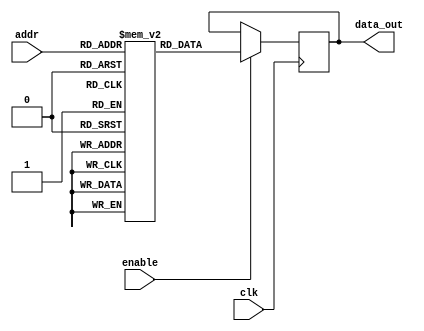
module parameterized_rom #(
    parameter DATA_WIDTH = 8,      // Width of each memory word in bits
    parameter ADDR_WIDTH = 4       // Number of address lines
)(
    input         clk,              // Clock signal
    input [ADDR_WIDTH-1:0] addr,   // Address to read data from
    input         enable,           // Enable signal for read operation
    output reg [DATA_WIDTH-1:0] data_out // Data output from ROM
);

    // Internal memory storage (ROM) initialization
    reg [DATA_WIDTH-1:0] memory [(1 << ADDR_WIDTH)-1:0];

    initial begin
        // Initialize the memory with predefined values
        // Example initialization (you can modify this according to your requirements)
        memory[0] = 8'hA0;
        memory[1] = 8'hB1;
        memory[2] = 8'hC2;
        memory[3] = 8'hD3;
        memory[4] = 8'hE4;
        memory[5] = 8'hF5;
        memory[6] = 8'h0A;
        memory[7] = 8'h1B;
        // Add more initial values as needed for your application...
    end

    // Behavioral read logic
    always @(posedge clk) begin
        if (enable) begin
            data_out <= memory[addr]; // Read from ROM on enable
        end
    end

endmodule